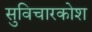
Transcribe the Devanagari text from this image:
सुविचारकोश